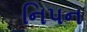
નિપન